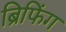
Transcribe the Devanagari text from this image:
ब्रिफिंग